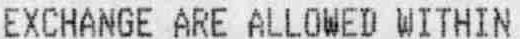
EXCHANGE ARE ALLOWED WITHIN